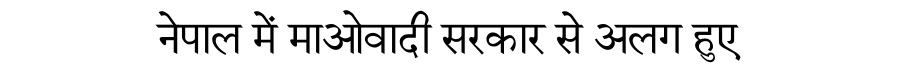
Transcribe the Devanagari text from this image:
नेपाल में माओवादी सरकार से अलग हुए